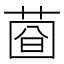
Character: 𦴄